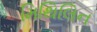
મિથિલિન